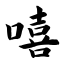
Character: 嘻